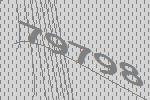
79798